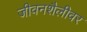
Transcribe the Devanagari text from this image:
जीवनशैलीवर